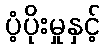
ပံ့ပိုးမှုနှင့်